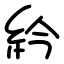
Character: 紟